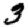
Digit: 3